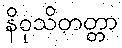
နိဝုသိတတ္တာ